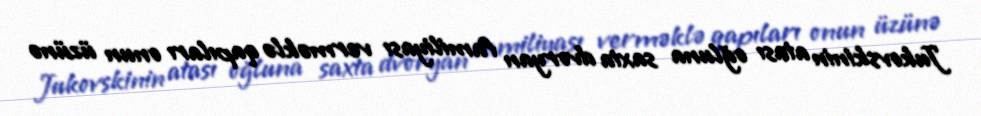
Jukovskinin atası oğluna saxta dvoryan familiyası verməklə qapıları onun üzünə